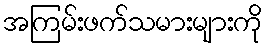
အကြမ်းဖက်သမားများကို